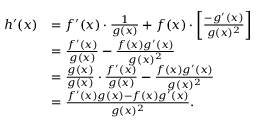
{ \begin{array} { r l } { h ^ { \prime } ( x ) } & { = f ^ { \prime } ( x ) \cdot { \frac { 1 } { g ( x ) } } + f ( x ) \cdot \left[ { \frac { - g ^ { \prime } ( x ) } { g ( x ) ^ { 2 } } } \right] } \\ & { = { \frac { f ^ { \prime } ( x ) } { g ( x ) } } - { \frac { f ( x ) g ^ { \prime } ( x ) } { g ( x ) ^ { 2 } } } } \\ & { = { \frac { g ( x ) } { g ( x ) } } \cdot { \frac { f ^ { \prime } ( x ) } { g ( x ) } } - { \frac { f ( x ) g ^ { \prime } ( x ) } { g ( x ) ^ { 2 } } } } \\ & { = { \frac { f ^ { \prime } ( x ) g ( x ) - f ( x ) g ^ { \prime } ( x ) } { g ( x ) ^ { 2 } } } . } \end{array} }